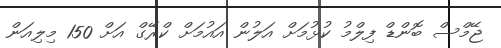
ޖޭމްސް ބޮންޑް ފިލްމު ކުޅުމަށް އަލުން އައުމަށް ކްރޭގް އަށް 150 މިލިއަން